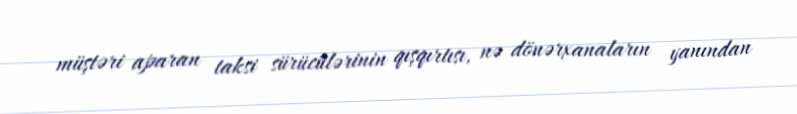
müştəri aparan taksi sürücülərinin qışqırtısı, nə dönərxanaların yanından